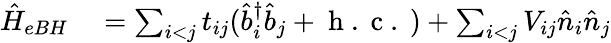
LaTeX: \begin{array}{rl}{\hat{H}_{eBH}}&{{}=\sum_{i<j}t_{ij}(\hat{b}_{i}^{\dagger}\hat{b}_{j}+\mathrm{~h~.~c~.~})+\sum_{i<j}V_{ij}\hat{n}_{i}\hat{n}_{j}}\end{array}